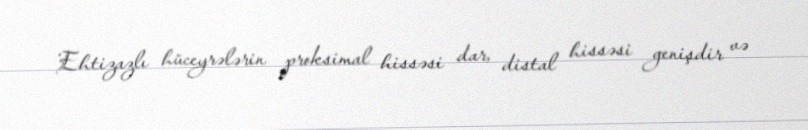
Ehtizazlı hüceyrələrin proksimal hissəsi dar, distal hissəsi genişdir və